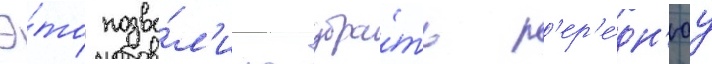
Э́то позво́л'ило убра́ть п'ер'е́дн'юу